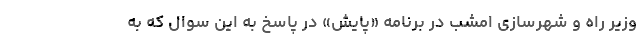
وزیر راه و شهرسازی امشب در برنامه «پایش» در پاسخ به این سوال که به